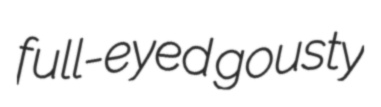
full-eyed gousty